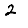
Digit: 2